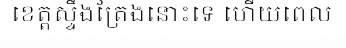
ខេត្តស្ទឹងត្រែងនោះទេ ហើយពេល